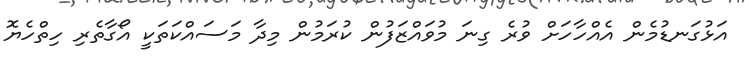
އަޅުގަނޑުމެން އެއްހާހަށް ވުރެ ގިނަ މުވައްޒަފުން ކުރަމުން މިދާ މަސައްކަތަކީ އޯގާތެރި ހިތްހެޔޮ